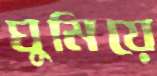
ঘুমিয়ে